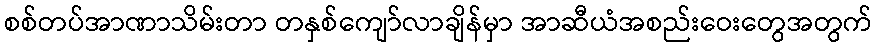
စစ်တပ်အာဏာသိမ်းတာ တနှစ်ကျော်လာချိန်မှာ အာဆီယံအစည်းဝေးတွေအတွက်